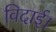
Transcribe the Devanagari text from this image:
विदाई।